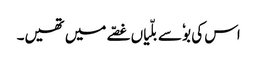
اس کی بوٗ سے بلّیاں غصّے میں تھیں۔